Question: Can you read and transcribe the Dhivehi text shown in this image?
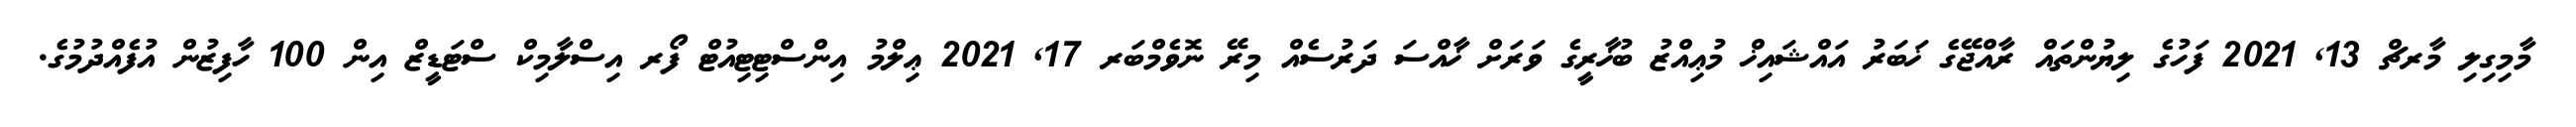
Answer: މާމިގިލި މާރޗް 13, 2021 ފަހުގެ ލިޔުންތައް ރާއްޖޭގެ ޚަބަރު އައްޝައިޚް މުޢިއްޒު ބުޚާރީގެ ވަރަށް ޚާއްސަ ދަރުސެއް މިރޭ ނޮވެމްބަރ 17, 2021 ޢިލްމު އިންސްޓިޓިއުޓް ފޯރ އިސްލާމިކް ސްޓަޑީޒް އިން 100 ހާފިޒުން އުފެއްދުމުގެ.